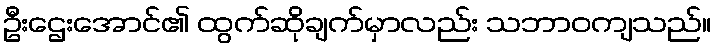
ဦးဌေးအောင်၏ ထွက်ဆိုချက်မှာလည်း သဘာဝကျသည်။